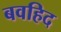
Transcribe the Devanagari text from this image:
बवहिद